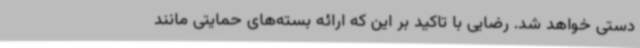
دستی خواهد شد. رضایی با تاکید بر این که ارائه بسته‌های حمایتی مانند